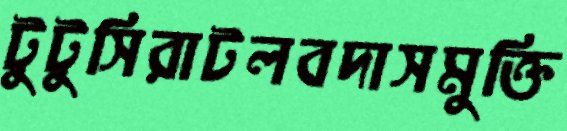
টুটুসিরাটলবদাসমুক্তি